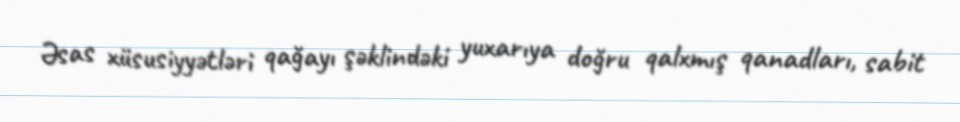
Əsas xüsusiyyətləri qağayı şəklindəki yuxarıya doğru qalxmış qanadları, sabit